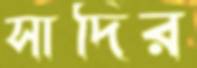
সাদির